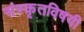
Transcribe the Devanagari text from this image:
संस्कृतविषयी